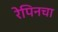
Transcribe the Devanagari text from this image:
रेपिनचा